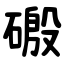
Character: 磤